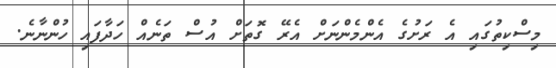
މިސްކިތުގައި އެ ރަށުގެ އެންމެންނަށް އެރޭ ގޮތަށް އުސް ތަނެއް ހަދާފައި ހުންނާނެ.